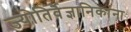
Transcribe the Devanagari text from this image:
ज्योतिर्वैज्ञानिकांना